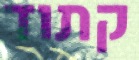
קתוד